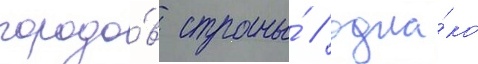
городо́в страны́ / одна́ко